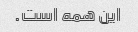
این همه است.